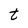
Character: t